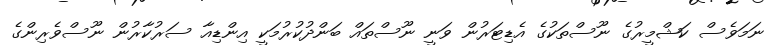
ނަމަވެސް ކަޝްމީރުގެ ނޫސްތަކުގެ އެޑިޓަރުން ވަނީ ނޫސްތައް ބަންދުކުރުމަކީ އިންޑިއާ ސަރުކާރުން ނޫސްވެރިންގެ